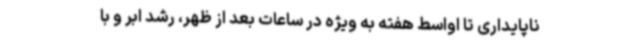
ناپایداری تا اواسط هفته به ویژه در ساعات بعد از ظهر، رشد ابر و با